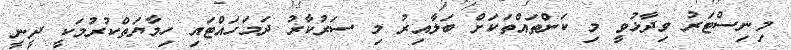
މިނިސްޓަރު ވިދާޅުވީ މި ކަންތައްތަކަށް ބަލާއިރު މި ސަރުކާރު ދަމަހައްޓައި ހިމާޔަތްކުރުމަކީ ދީނީ